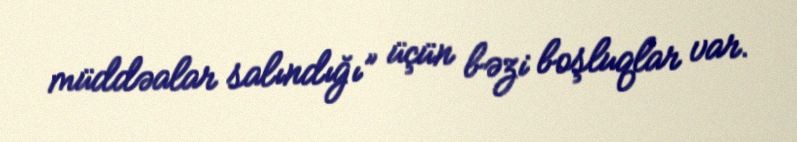
müddəalar salındığı” üçün bəzi boşluqlar var.